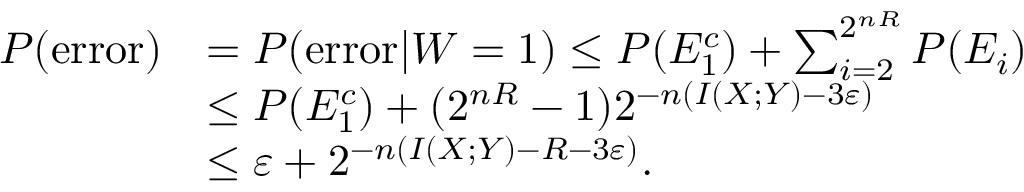
{ \begin{array} { r l } { P ( { \mathrm { e r r o r } } ) } & { = P ( { \mathrm { e r r o r } } | W = 1 ) \leq P ( E _ { 1 } ^ { c } ) + \sum _ { i = 2 } ^ { 2 ^ { n R } } P ( E _ { i } ) } \\ & { \leq P ( E _ { 1 } ^ { c } ) + ( 2 ^ { n R } - 1 ) 2 ^ { - n ( I ( X ; Y ) - 3 \varepsilon ) } } \\ & { \leq \varepsilon + 2 ^ { - n ( I ( X ; Y ) - R - 3 \varepsilon ) } . } \end{array} }